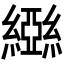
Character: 𬘃